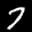
Label: 7